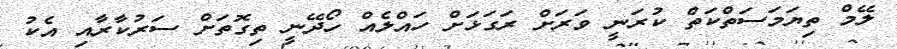
ލޭމް ތިޔަމަސަތްކަތް ކުރަނީ ވަރަށް ރަގަޅަށް ހައްލެއް ހޯދޭނީ ތިގޮތަށް ސަރުކާރާއި އެކު